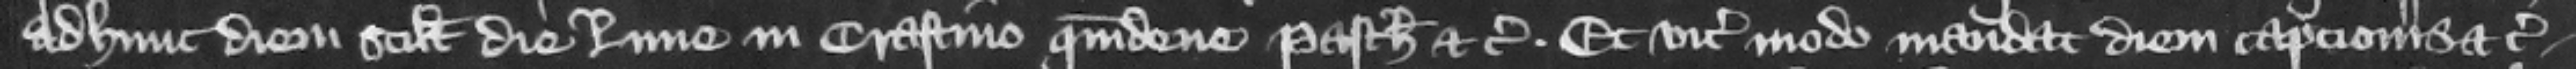
ad hunc diem scilicet die Lune in crastino quindene Pasche etc. Et vicecomes modo mandat diem capcionis etc.